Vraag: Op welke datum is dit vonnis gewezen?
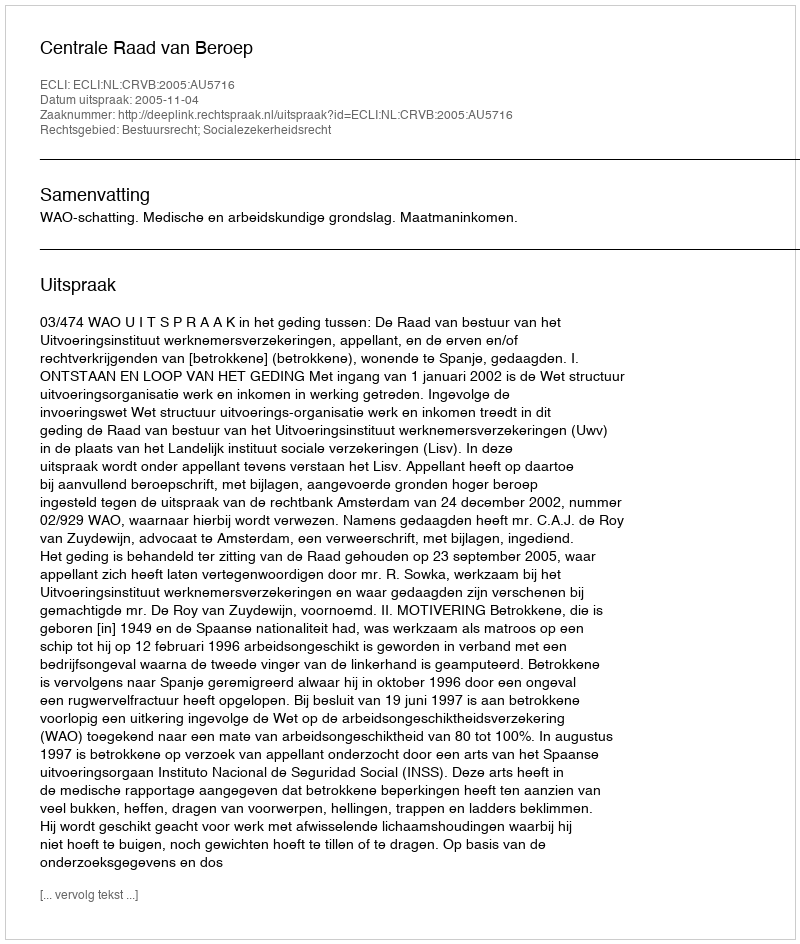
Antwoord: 2005-11-04